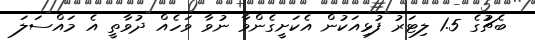
ބެޗުުގެ 1.5 ލިޓަރު ފުޅިއަކުން އެކަށީގެންވާ ނުވާ ވަހެއް ދުވާތީ އެ މައްސަލަ